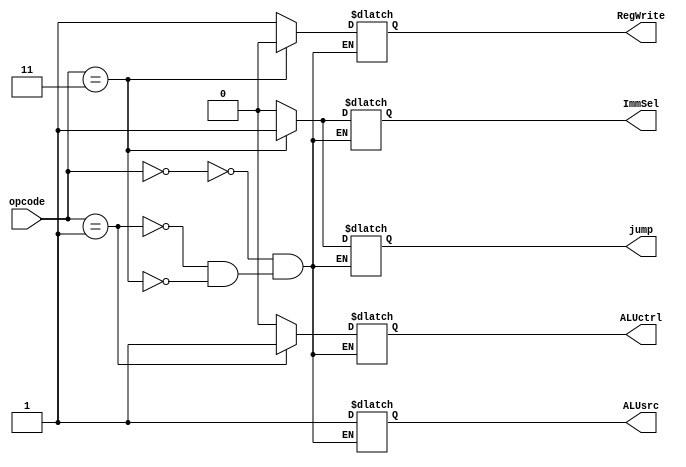
`timescale 1ns / 1ps

module ControlUnit (
    opcode,
    ALUctrl,
    ALUsrc,
    RegWrite,
    jump,
    ImmSel
);
  input [1:0] opcode;
  output reg RegWrite, ALUctrl, ALUsrc, jump, ImmSel;

  always @(opcode) begin
    case (opcode)
      2'b00: {ALUctrl, ALUsrc, RegWrite, jump, ImmSel} = 5'b01100;  // addi 
      2'b01: {ALUctrl, ALUsrc, RegWrite, jump, ImmSel} = 5'b11100;  // sll 
      2'b11: {ALUctrl, ALUsrc, RegWrite, jump, ImmSel} = 5'bxx011;  // jmp
    endcase
  end
endmodule